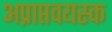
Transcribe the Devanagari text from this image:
अप्राप्तवयस्क